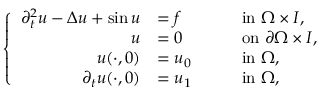
\left\{ \begin{array} { r l r l } { \partial _ { t } ^ { 2 } u - \Delta u + \sin u } & { = f } & & { \quad \mathrm { i n } ~ \Omega \times I , } \\ { u } & { = 0 } & & { \quad \mathrm { o n } ~ \partial \Omega \times I , } \\ { u ( \cdot , 0 ) } & { = u _ { 0 } } & & { \quad \mathrm { i n } ~ \Omega , } \\ { \partial _ { t } u ( \cdot , 0 ) } & { = u _ { 1 } } & & { \quad \mathrm { i n } ~ \Omega , } \end{array} \right.